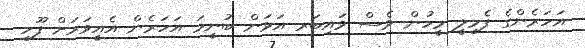
އަހަރެންގެ ފެމިލީ މީހުން ވެސް ވައިބަރ އަޅަން ބުނީމަ އަހަރެން އެއީވަރަށް ފޫހި